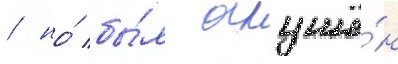
/ но́ бы́л оглушё́н